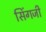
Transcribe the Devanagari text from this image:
सिंगजी